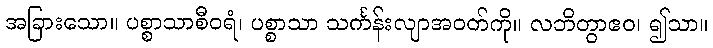
အခြားသော။ ပစ္စာသာစီဝရံ၊ ပစ္စာသာ သင်္ကန်းလျာအဝတ်ကို။ လဘိတွာဧဝ၊ ၍သာ။